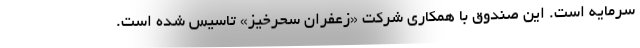
سرمایه است. این صندوق با همکاری شرکت «زعفران سحرخیز» تاسیس شده است.